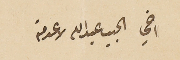
اخي الجبيب عبدالله لا عدمته